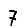
Digit: 7